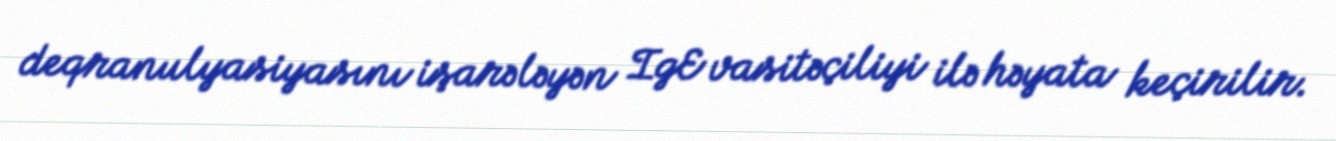
deqranulyasiyasını işarələyən IgE vasitəçiliyi ilə həyata keçirilir.